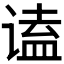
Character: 𬤒